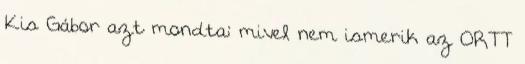
Kis Gábor azt mondta: mivel nem ismerik az ORTT